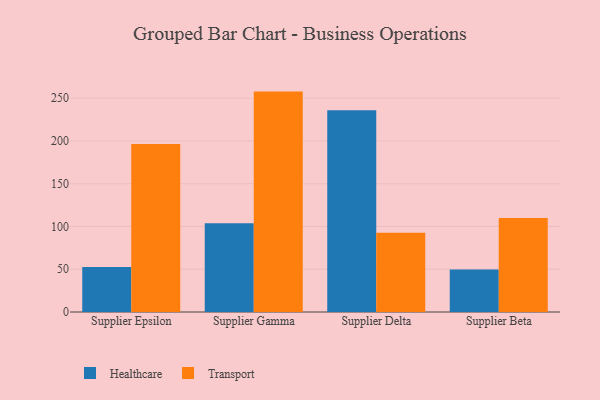
{"axis": {"x": "Supplier", "y": "Budget (USD K)"}, "legend": ["Healthcare", "Transport"], "data": [{"x": "Supplier Epsilon", "y": 52.6, "type": "Healthcare"}, {"x": "Supplier Epsilon", "y": 196.3, "type": "Transport"}, {"x": "Supplier Gamma", "y": 103.8, "type": "Healthcare"}, {"x": "Supplier Gamma", "y": 257.7, "type": "Transport"}, {"x": "Supplier Delta", "y": 235.8, "type": "Healthcare"}, {"x": "Supplier Delta", "y": 92.7, "type": "Transport"}, {"x": "Supplier Beta", "y": 49.8, "type": "Healthcare"}, {"x": "Supplier Beta", "y": 110.0, "type": "Transport"}]}